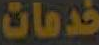
خدمات